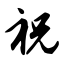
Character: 祝